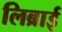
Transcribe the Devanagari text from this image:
लिब्राई